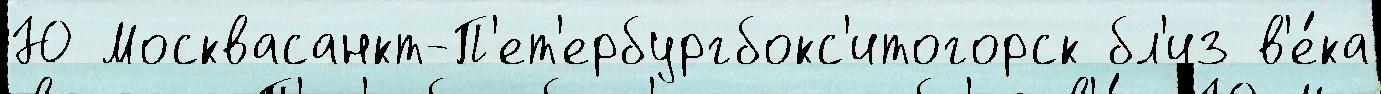
Ю Москвасанкт-П'ет'ербургбокс'итогорск бл'из в'е́ка